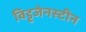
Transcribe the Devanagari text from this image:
विट्टजेनस्टीन